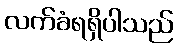
လက်ခံရရှိပါသည်